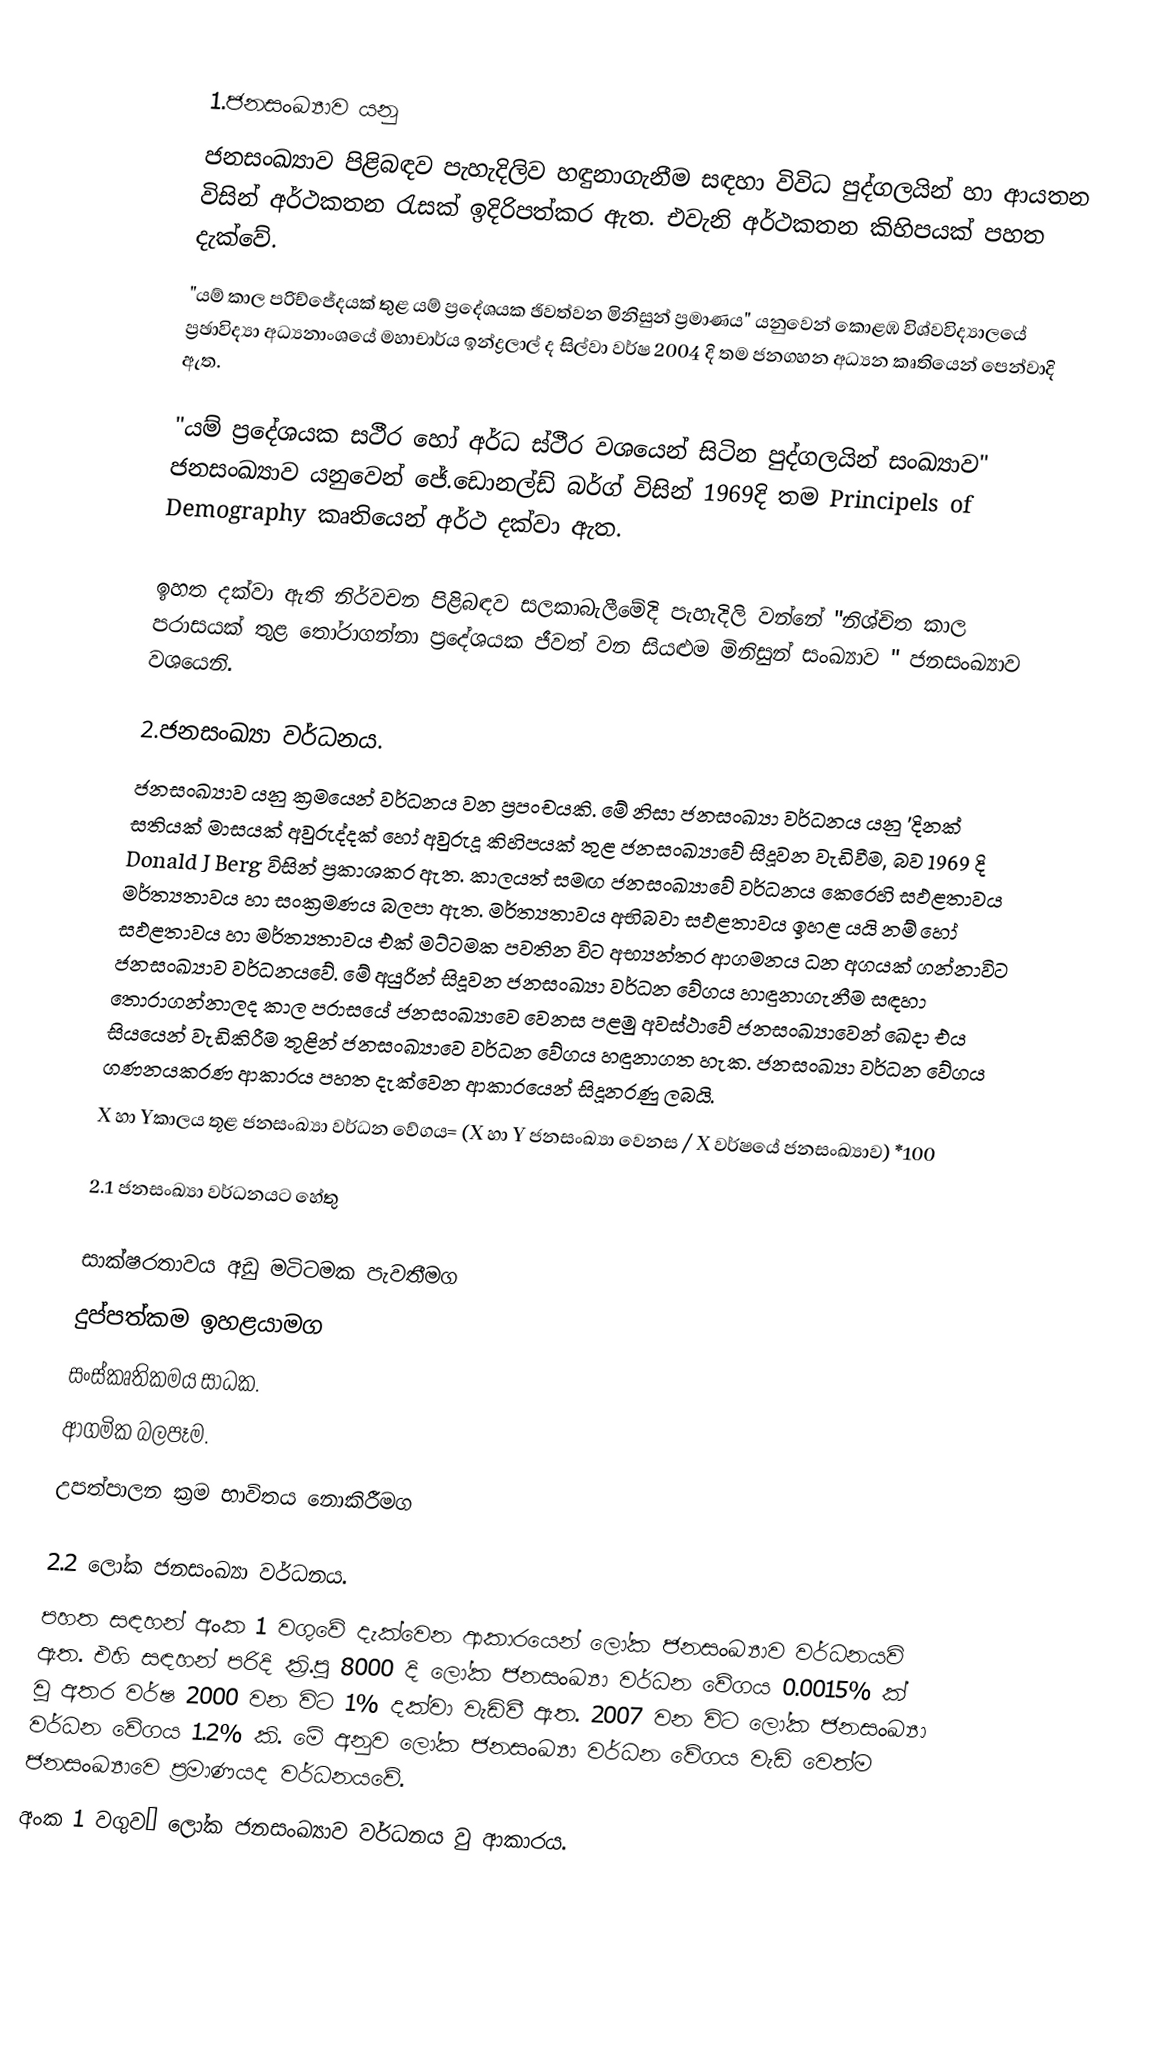

1.ජනසංඛ්‍යාව යනු
ජනසංඛ්‍යාව පිළිබඳව පැහැදිලිව හඳුනාගැනීම සඳහා විවිධ පුද්ගලයින් හා ආයතන විසින් අර්ථකතන රැසක් ඉදිරිපත්කර ඇත. එවැනි අර්ථකතන කිහිපයක් පහත දැක්වේ.
"යම් කාල පරිච්‍‍‍‍‍ජේදයක් තුළ යම් ප්‍රදේශයක ඡිවත්වන මිනිසුන් ප්‍රමාණය" යනුවෙන් කොළඹ විශ්වවිද්‍යාලයේ ප්‍රඡාවිද්‍යා අධ්‍යනාංශයේ මහාචාර්ය ඉන්ද්‍රලාල් ද සිල්වා වර්ෂ 2004 දි තම ජනගහන අධ්‍යන කෘතියෙන් පෙන්වාදි ඇත.

"යම් ප්‍රදේශයක සථීර හෝ අර්ධ ස්ථීර වශයෙන් සිටින පුද්ගලයින් සංඛ්‍යාව" ජනසංඛ්‍යාව යනුවෙන් ජේ.ඩොනල්ඩ් බර්ග් විසින් 1969දි තම Principels of Demography කෘතියෙන් අර්ථ දක්වා ඇත.

ඉහත දක්වා ඇති නිර්වචන පිළිබඳව සලකාබැලීමේදි පැහැදිලි වන්නේ "නිශ්චිත කාල පරාසයක් තුළ තෝරාගන්නා ප්‍රදේශයක ජීවත් වන සියළුම මිනිසුන් සංඛ්‍යාව " ජනසංඛ්‍යාව වශයෙනි.

2.ජනසංඛ්‍යා වර්ධනය.
ජනසංඛ්‍යාව යනු ක්‍රමයෙන් වර්ධනය වන ප්‍රපංචයකි. මේ නිසා ජනසංඛ්‍යා වර්ධනය යනු ’දිනක් සතියක් මාසයක් අවුරුද්දක් හෝ අවුරුදූ කිහිපයක් තුළ ජනසංඛ්‍යාවේ සිදූවන වැඩිවීම, බව 1969 දි Donald J Berg විසින් ප්‍රකාශකර ඇත. කාලයත් සමඟ ජනසංඛ්‍යාවේ වර්ධනය කෙරෙහි සඵළතාවය මර්ත්‍යතාවය හා සංක්‍රමණය බලපා ඇත. මර්ත්‍යතාවය අභිබවා සඵළතාවය ඉහළ යයි නම් හෝ සඵළතාවය හා මර්ත්‍යතාවය එක් මට්ටමක පවතින විට අභ්‍යන්තර ආගමනය ධන අගයක් ගන්නාවිට ජනසංඛ්‍යාව වර්ධනයවේ. මේ අයුරින් සිදූවන ජනසංඛ්‍යා වර්ධන වේගය හාඳුනාගැනීම සඳහා තොරාගන්නාලද කාල පරාසයේ ජනසංඛ්‍යාවෙ වෙනස පළමු අවස්ථාවේ ජනසංඛ්‍යාවෙන් ඛෙදා එය සියයෙන් වැඩිකිරීම තූළින් ජනසංඛ්‍යාවෙ වර්ධන වේගය හඳුනාගත හැක. ජනසංඛ්‍යා වර්ධන වේගය ගණනයකරණ ආකාරය පහත දැක්වෙන ආකාරයෙන් සිදූනරණු ලබයි.
X හා Yකාලය තූළ ජනසංඛ්‍යා වර්ධන වේගය= (X හා Y ජනසංඛ්‍යා වෙනස / X වර්ෂයේ ජනසංඛ්‍යාව) *100

2.1 ජනසංඛ්‍යා වර්ධනයට හේතු

 සාක්ෂරතාවය අඩු මටිටමක පැවතීමග
 දුප්පත්කම ඉහළයාමග
 සංස්කෘතිකමය සාධක.
 ආගමික බලපෑම.
 උපත්පාලන ක්‍රම භාවිතය නොකිරීමග

2.2 ලෝක ජනසංඛ්‍යා වර්ධනය.
පහත සඳහන් අංක 1 වගුවේ දැක්වෙන ආකාරයෙන් ලෝක ජනසංඛ්‍යාව වර්ධනයවි ඇත. එහි සඳහන් පරිදි ක්‍රි.පු 8000 දි ලෝක ජනසංඛ්‍යා වර්ධන වේගය 0.0015% ක් වු අතර වර්ෂ 2000 වන විට 1% දක්වා වැඩිවී ඇත. 2007 වන විට ලෝක ජනසංඛ්‍යා වර්ධන වේගය 1.2% කි. මේ අනුව ලෝක ජනසංඛ්‍යා වර්ධන වේගය වැඩි වෙත්ම ජනසංඛ්‍යාවෙ ප්‍රමාණයද වර්ධනයවේ.
අංක 1 වගුව• ලෝක ජනසංඛ්‍යාව වර්ධනය වු ආකාරය.